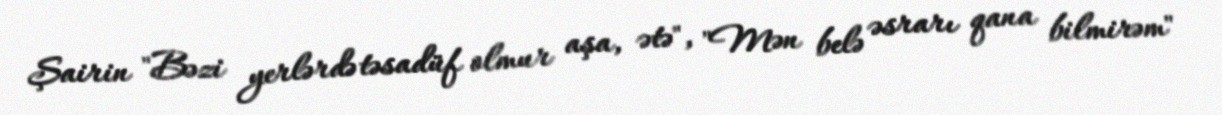
Şairin "Bəzi yerlərdə təsadüf olmur aşa, ətə", "Mən belə əsrarı qana bilmirəm"